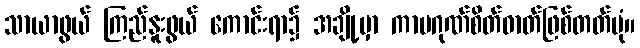
သာယာဖွယ် ကြည်နူးဖွယ် ကောင်းရာ၌ အချို့မှာ ကာမဂုဏ်စိတ်ဓာတ်ဖြစ်တတ်ပုံ။